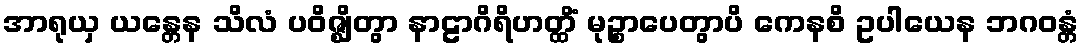
အာရုယှ ယန္တေန သိလံ ပဝိဇ္ဈိတွာ နာဠာဂိရိဟတ္ထိံ မုဉ္စာပေတွာပိ ကေနစိ ဥပါယေန ဘဂဝန္တံ